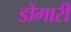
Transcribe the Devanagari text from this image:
डोंगारी